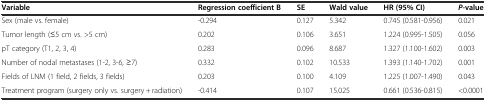
<table><thead><tr><td><b>Variable</b></td><td><b>Regression coefficient B</b></td><td><b>SE</b></td><td><b>Wald value</b></td><td><b>HR (95% CI)</b></td><td><b><i>P</i>-value</b></td></tr></thead><tbody><tr><td>Sex (male vs. female)</td><td>-0.294</td><td>0.127</td><td>5.342</td><td>0.745 (0.581-0.956)</td><td>0.021</td></tr><tr><td>Tumor length (≤5 cm vs. &gt;5 cm)</td><td>0.202</td><td>0.106</td><td>3.651</td><td>1.224 (0.995-1.505)</td><td>0.056</td></tr><tr><td>pT category (T1, 2, 3, 4)</td><td>0.283</td><td>0.096</td><td>8.687</td><td>1.327 (1.100-1.602)</td><td>0.003</td></tr><tr><td>Number of nodal metastases (1-2, 3-6, ≥7)</td><td>0.332</td><td>0.102</td><td>10.533</td><td>1.393 (1.140-1.702)</td><td>0.001</td></tr><tr><td>Fields of LNM (1 field, 2 fields, 3 fields)</td><td>0.203</td><td>0.100</td><td>4.109</td><td>1.225 (1.007-1.490)</td><td>0.043</td></tr><tr><td>Treatment program (surgery only vs. surgery + radiation)</td><td>-0.414</td><td>0.107</td><td>15.025</td><td>0.661 (0.536-0.815)</td><td>&lt;0.0001</td></tr></tbody></table>